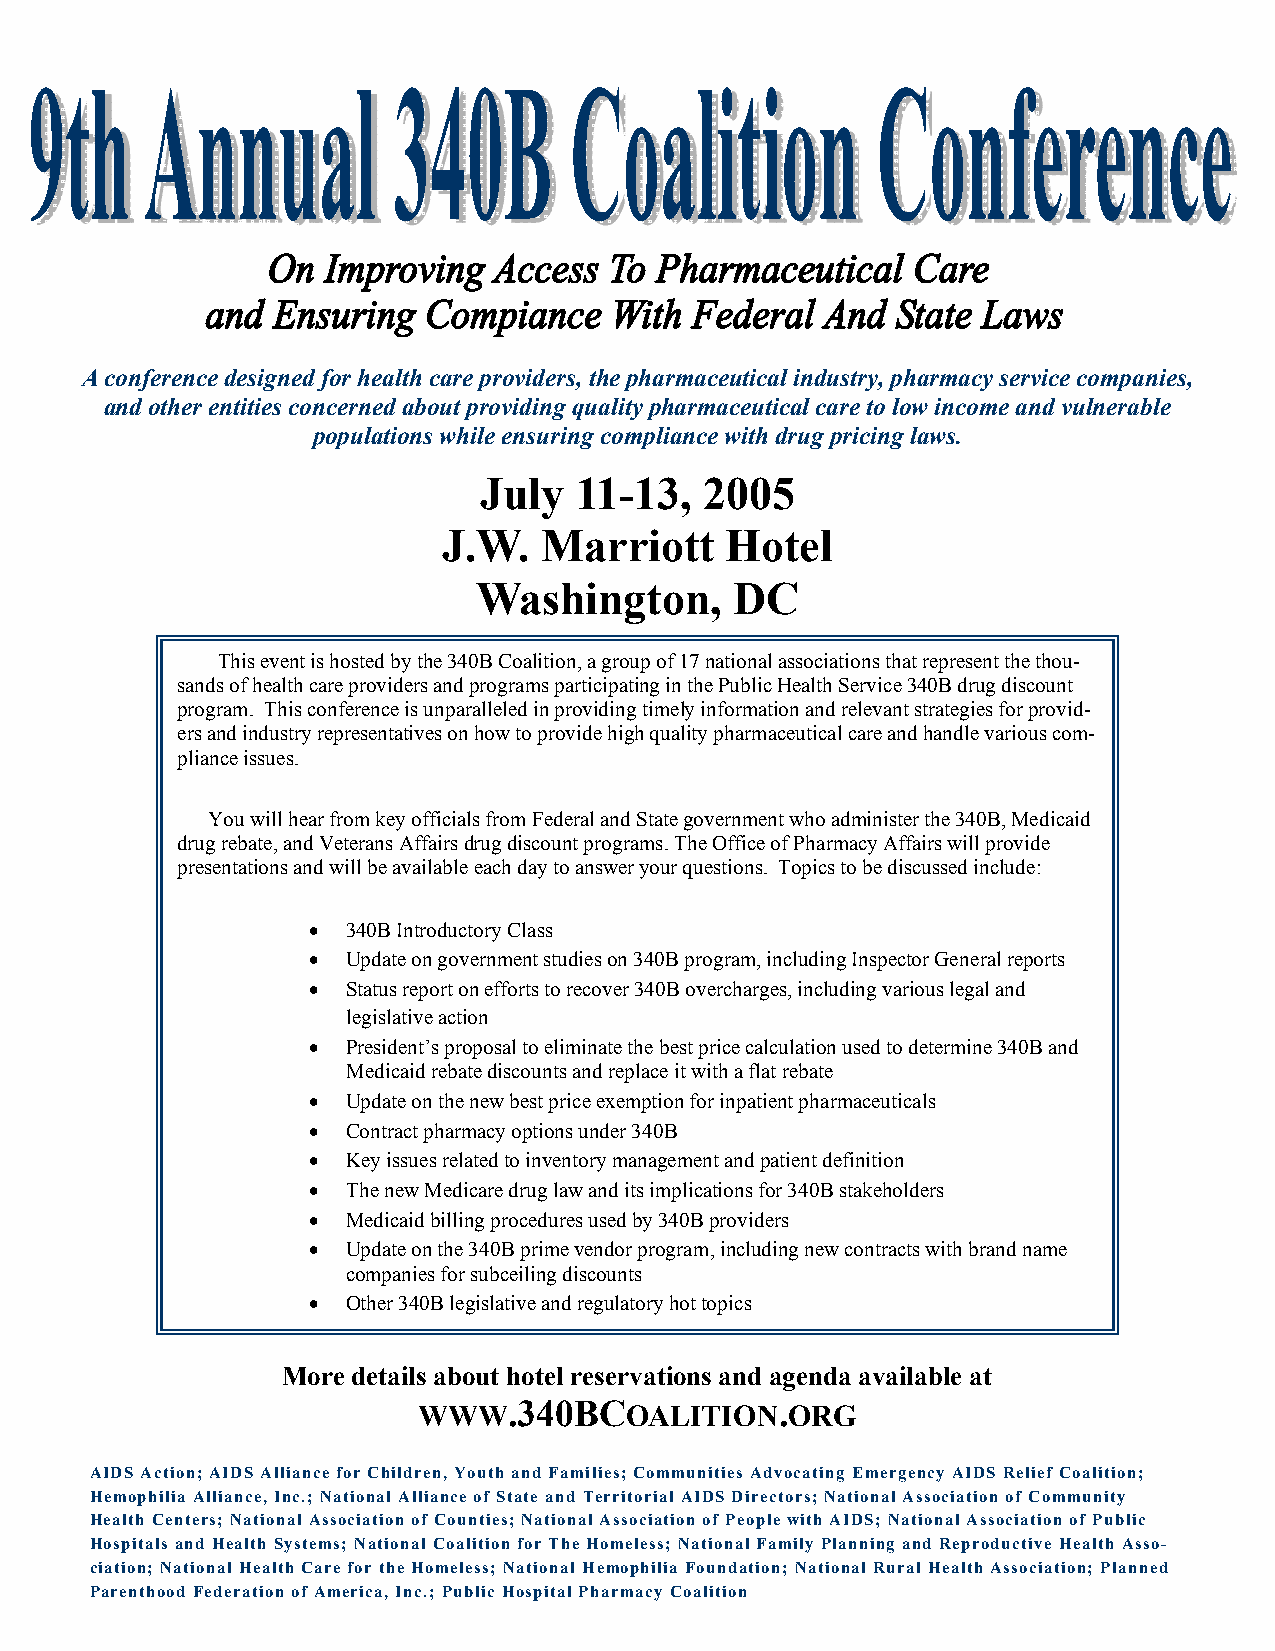
A conference designed for health care providers, the pharmaceutical industry, pharmacy service companies,
 and other entities concerned about providing quality pharmaceutical care to low income and vulnerable
 populations while ensuring compliance with drug pricing laws.
 July  11-13,   2005
 J.W.   Marriott    Hotel
 Washington,       DC
 This event is hosted by the 340B Coalition, a group of 17 national associations that represent the thou-
 sands of health care providers and programs participating in the Public Health Service 340B drug discount
 program. This conference is unparalleled in providing timely information and relevant strategies for provid-
 ers and industry representatives on how to provide high quality pharmaceutical care and handle various com-
 pliance issues.
 You will hear from key officials from Federal and State government who administer the 340B, Medicaid
 drug rebate, and Veterans Affairs drug discount programs. The Office of Pharmacy Affairs will provide
 presentations and will be available each day to answer your questions. Topics to be discussed include:
 •  340B Introductory Class
 •  Update on government studies on 340B program, including Inspector General reports
 •  Status report on efforts to recover 340B overcharges, including various legal and
 legislative action
 •  President’s proposal to eliminate the best price calculation used to determine 340B and
 Medicaid rebate discounts and replace it with a flat rebate
 •  Update on the new best price exemption for inpatient pharmaceuticals
 •  Contract pharmacy options under 340B
 •  Key issues related to inventory management and patient definition
 •  The new Medicare drug law and its implications for 340B stakeholders
 •  Medicaid billing procedures used by 340B providers
 •  Update on the 340B prime vendor program, including new contracts with brand name
 companies for subceiling discounts
 •  Other 340B legislative and regulatory hot topics
 More details about hotel reservations and agenda available at
 WWW.340BCOALITION.ORG
 AIDS Action; AIDS Alliance for Children, Youth and Families; Communities Advocating Emergency AIDS Relief Coalition;
 Hemophilia Alliance, Inc.; National Alliance of State and Territorial AIDS Directors; National Association of Community
 Health Centers; National Association of Counties; National Association of People with AIDS; National Association of Public
 Hospitals and Health Systems; National Coalition for The Homeless; National Family Planning and Reproductive Health Asso-
 ciation; National Health Care for the Homeless; National Hemophilia Foundation; National Rural Health Association; Planned
 Parenthood Federation of America, Inc.; Public Hospital Pharmacy Coalition